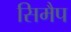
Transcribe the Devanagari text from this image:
सिमैप